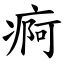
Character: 痾